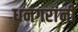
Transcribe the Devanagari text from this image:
धनगरांनी